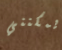
يمكنني